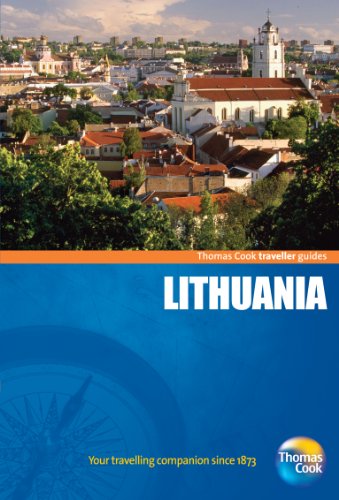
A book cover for Traveller Guides Lithuania, 3rd (Travellers - Thomas Cook); Thomas Cook Publishing; Travel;